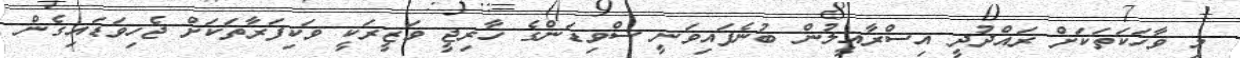
މި ވާހަކަތަކަށް ރައްދުދީ އިސްރާއީލުން ބުނެފައިވަނީ ސްވިޑަންގެ ޚާރިޖީ ވަޒީރަކީ ވަކިފަރާތަކަށް ޖެހިވަޑައިގެން